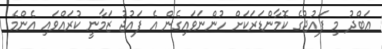
ޢަބްދު މި ފައުޖުގެ ކޮމާންޑަރަކަށް ހުންނަވައިގެން އެ ފައުޖު ޒަމާނީ ކުރައްވައި އެންމެ